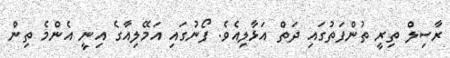
ރާސިލް ތިރީ ތުންފަތުގައި ދަތް އަޅާލިއެވެ. ފޯނުގައި އަމޭލިއާގެ އިނީ އެންމެ ތިން